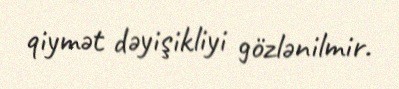
qiymət dəyişikliyi gözlənilmir.